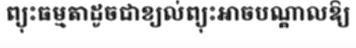
ព្យុះធម្មតាដូចជាខ្យល់ព្យុះអាចបណ្តាលឱ្យ